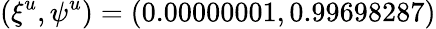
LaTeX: (\xi^{u},\psi^{u})=(0.00000001,0.99698287)